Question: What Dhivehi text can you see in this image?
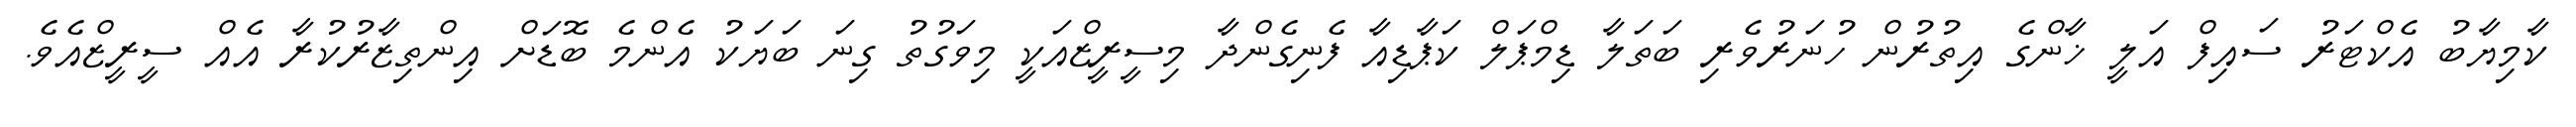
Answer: ކާމިޔާބު އެކްޓަރު ސައިފް އަލީ ޚާންގެ އިތުރުން ހުނަރުވެރި ބަތަލާ ޑިމްޕަލް ކަޕާޑިއާ ފެނިގެންދާ މިސީރީޒްއަކީ މިވަގުތު ގިނަ ބަޔަކު އެންމެ ބޮޑަށް އިންތިޒާރުކުރާ އެއް ސީރީޒްއެވެ.